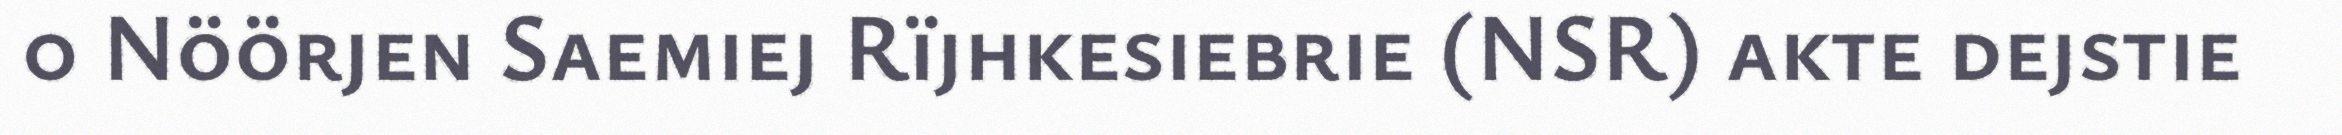
0 Nöörjen Saemiej Rïjhkesiebrie (NSR) akte dejstie